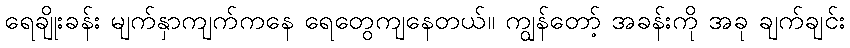
ရေချိုးခန်း မျက်နှာကျက်ကနေ ရေတွေကျနေတယ်။ ကျွန်တော့် အခန်းကို အခု ချက်ချင်း